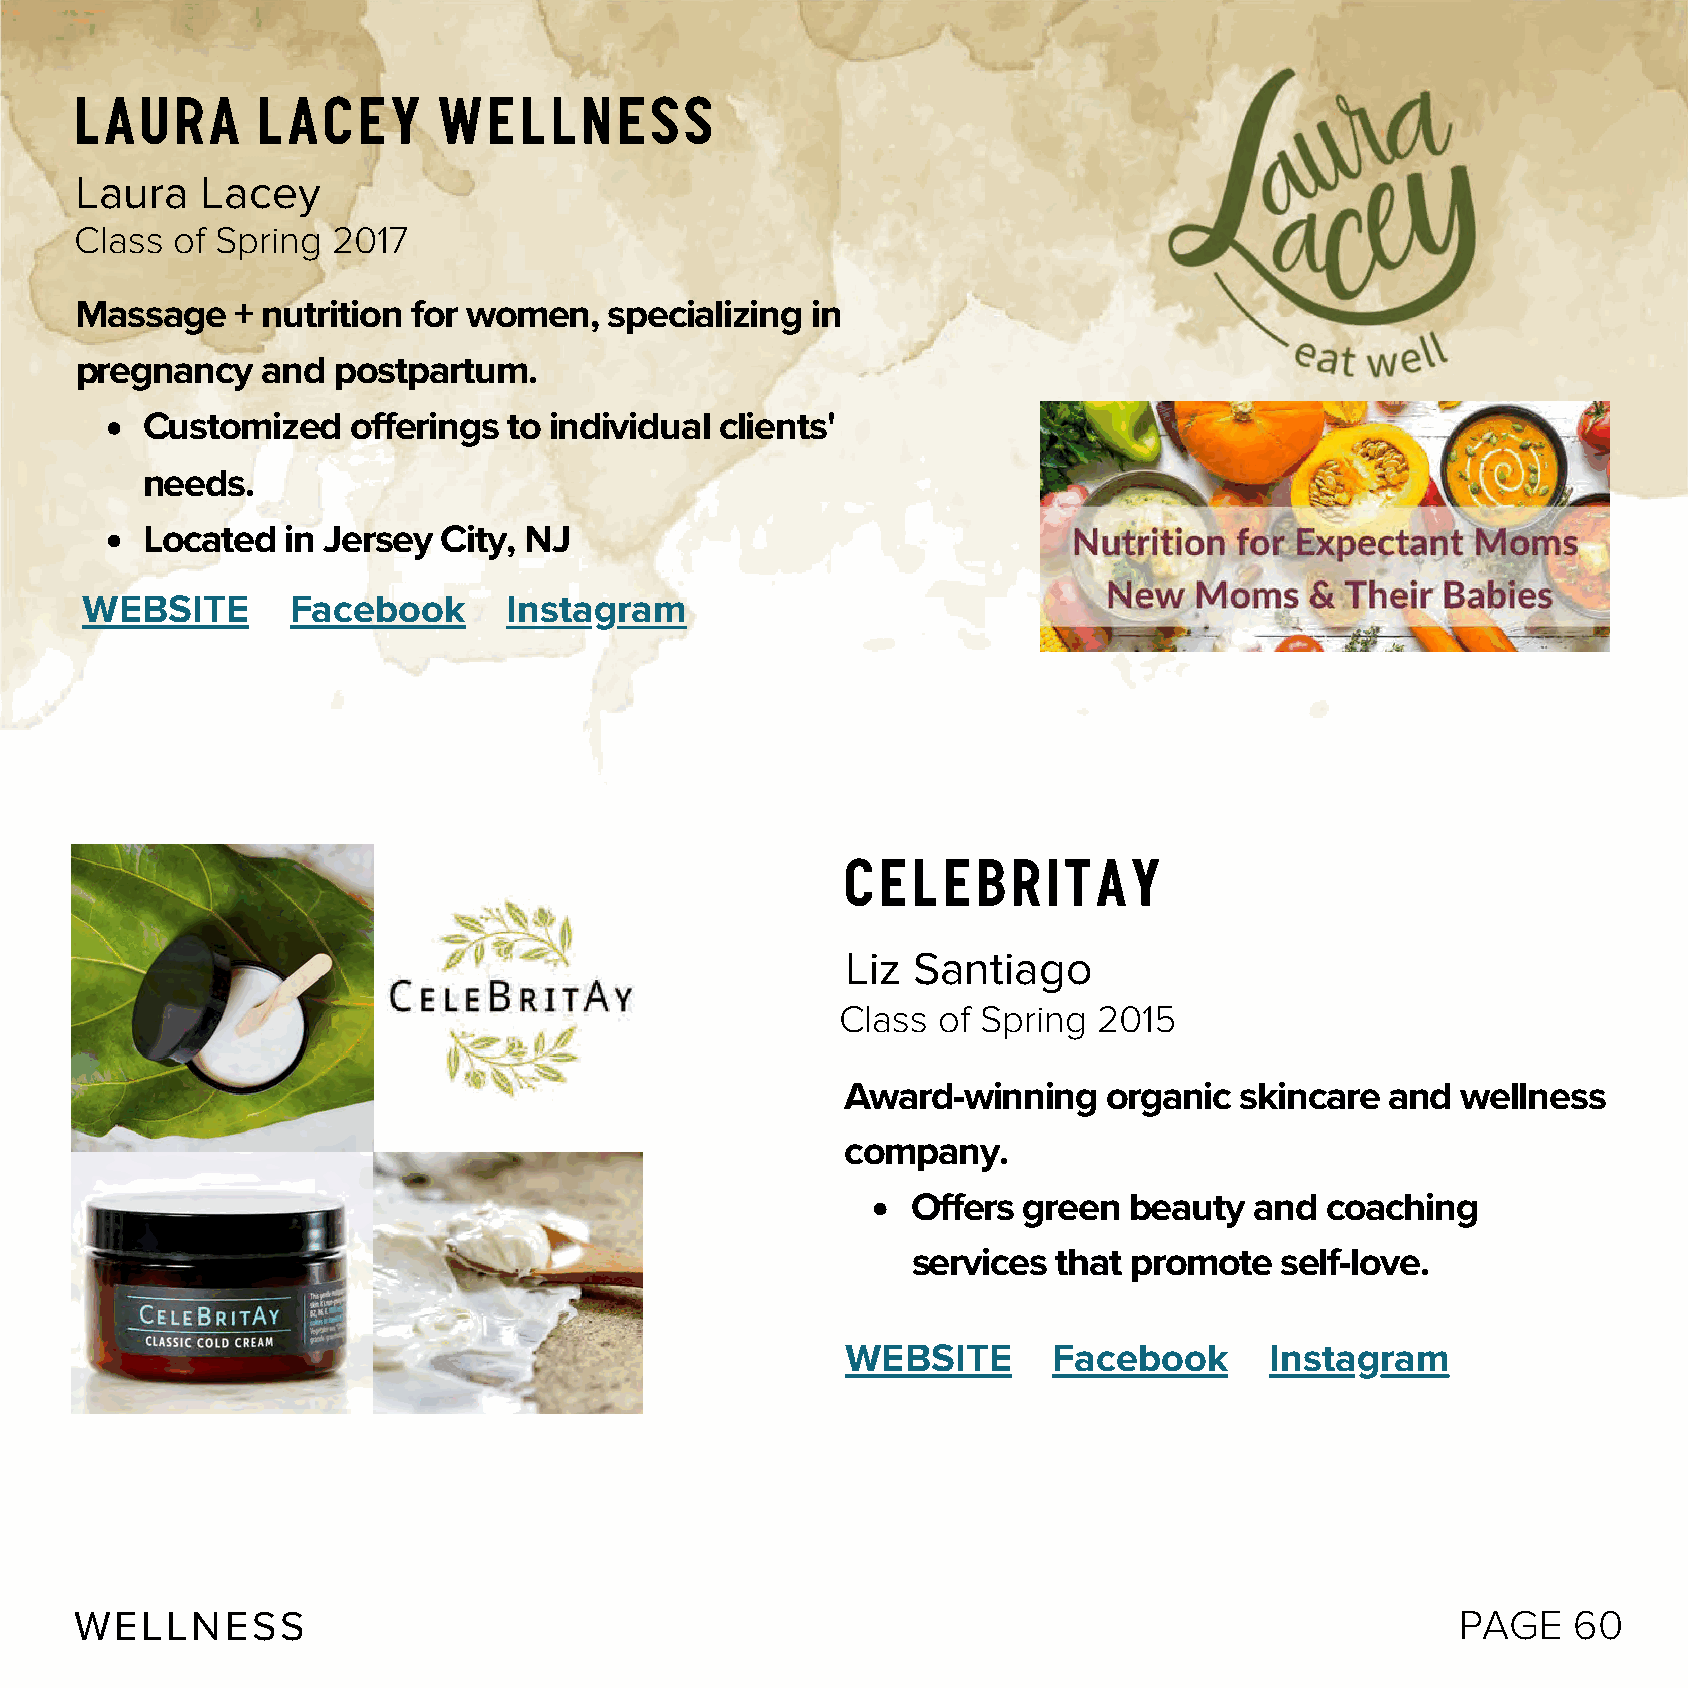
Laura       Lacey       Wellness
 Laura   Lacey
 Class of Spring  2017
 Massage    + nutrition for women,  specializing  in
 pregnancy   and  postpartum.
 Customized    offerings  to individual clients'
 needs.
 Located   in Jersey City, NJ
 WEBSITE       Facebook       Instagram
 CeleBritAy
 Liz Santiago
 Class of Spring  2015
 Award-winning    organic  skincare  and  wellness
 company.
 Offers  green  beauty  and  coaching
 services  that promote   self-love.
 WEBSITE       Facebook      Instagram
 WELLNESS                                                                                    PAGE   60